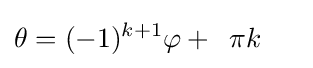
\theta =(-1)^{k+1}\varphi +{\phantom {2}}\pi k{\phantom {+\pi }}